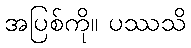
အပြစ်ကို။ ပဿသိ